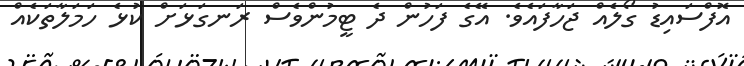
އޮފްސައިޑު ގޯލެއް ޖަހާފައެވެ. އޭގެ ފަހުން ދެ ޓީމުންވެސް ރަނގަޅަށް ކުޅެ ހަމަލާތަކެއް